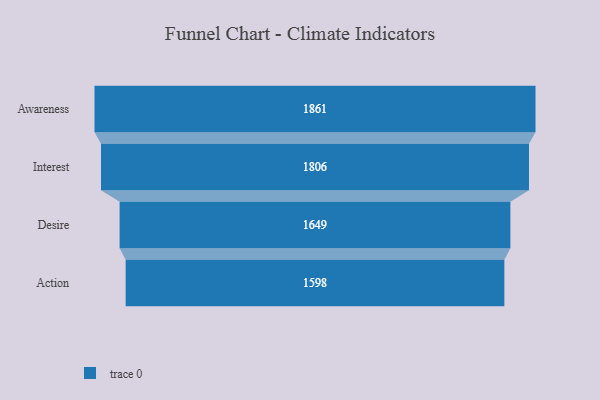
{"axis": {"x": "Stage", "y": "Value"}, "legend": [""], "data": [{"x": "Awareness", "y": 1861.0, "type": ""}, {"x": "Interest", "y": 1806.0, "type": ""}, {"x": "Desire", "y": 1649.0, "type": ""}, {"x": "Action", "y": 1598.0, "type": ""}]}